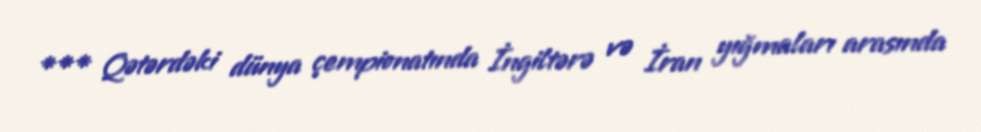
*** Qətərdəki dünya çempionatında İngiltərə və İran yığmaları arasında